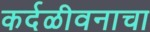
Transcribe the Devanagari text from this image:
कर्दळीवनाचा